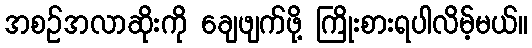
အစဉ်အလာဆိုးကို ချေဖျက်ဖို့ ကြိုးစားရပါလိမ့်မယ်။